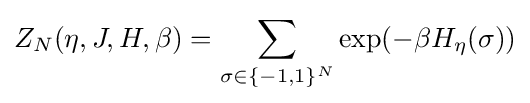
Z_{N}(\eta ,J,H,\beta )=\sum _{\sigma \in \{-1,1\}^{N}}\exp(-\beta H_{\eta }(\sigma ))